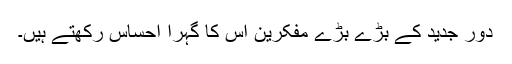
دورِ جدید کے بڑے بڑے مفکرین اس کا گہرا احساس رکھتے ہیں۔